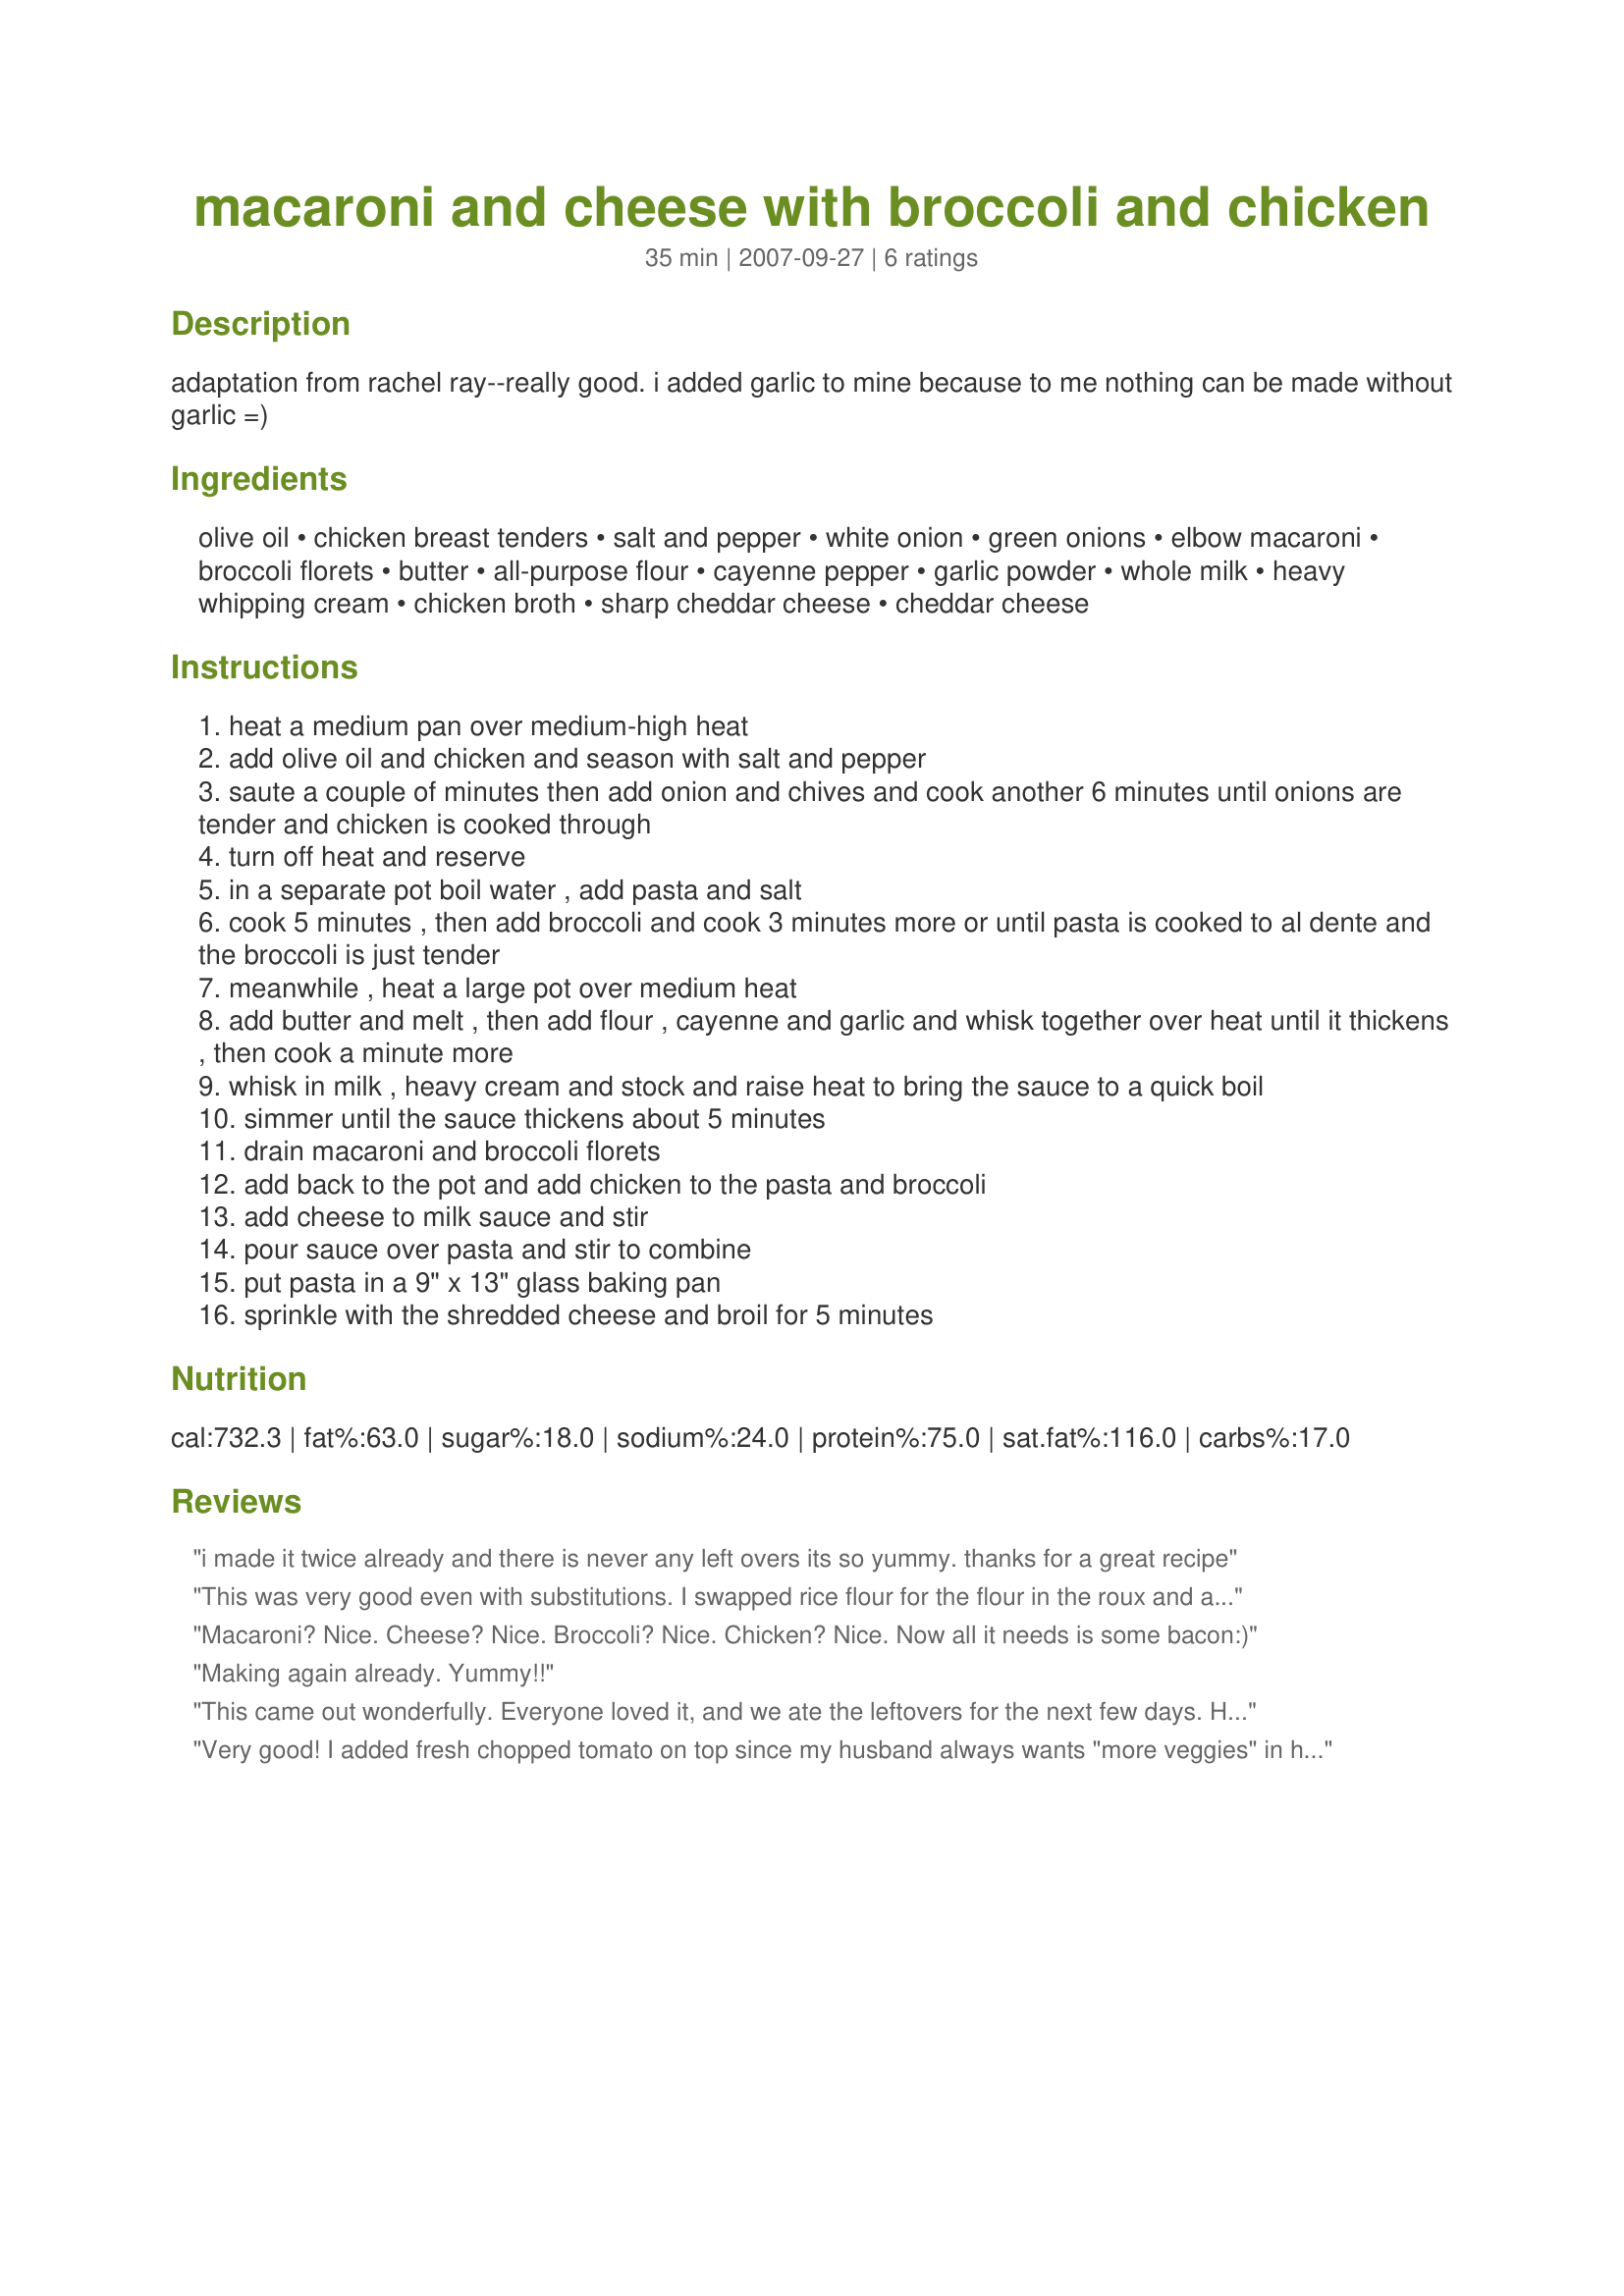
macaroni and cheese with broccoli and chicken
Preparation time: 35 minutes

adaptation from rachel ray--really good. i added garlic to mine because to me nothing can be made without garlic =)

Ingredients:
olive oil, chicken breast tenders, salt and pepper, white onion, green onions, elbow macaroni, broccoli florets, butter, all-purpose flour, cayenne pepper, garlic powder, whole milk, heavy whipping cream, chicken broth, sharp cheddar cheese, cheddar cheese

Steps:
heat a medium pan over medium-high heat
add olive oil and chicken and season with salt and pepper
saute a couple of minutes then add onion and chives and cook another 6 minutes until onions are tender and chicken is cooked through
turn off heat and reserve
in a separate pot boil water , add pasta and salt
cook 5 minutes , then add broccoli and cook 3 minutes more or until pasta is cooked to al dente and the broccoli is just tender
meanwhile , heat a large pot over medium heat
add butter and melt , then add flour , cayenne and garlic and whisk together over heat until it thickens , then cook a minute more
whisk in milk , heavy cream and stock and raise heat to bring the sauce to a quick boil
simmer until the sauce thickens about 5 minutes
drain macaroni and broccoli florets
add back to the pot and add chicken to the pasta and broccoli
add cheese to milk sauce and stir
pour sauce over pasta and stir to combine
put pasta in a 9" x 13" glass baking pan
sprinkle with the shredded cheese and broil for 5 minutes

Reviews:
i made it twice already and there is never any left overs its so yummy. thanks for a great recipe
This was very good even with substitutions. I swapped rice flour for the flour in the roux and also rice macaroni noodles (as my son has a wheat sensitivity). I also didn't have chicken so I left it out, but I'm sure it would be very good and more of a whole meal with it. Thanks for the recipe!
Macaroni? Nice. Cheese? Nice. Broccoli? Nice. Chicken? Nice. Now all it needs is some bacon:)
Making again already. Yummy!!
This came out wonderfully. Everyone loved it, and we ate the leftovers for the next few days. Huge hit. Thanks for the recipe.
Very good! I added fresh chopped tomato on top since my husband always wants "more veggies" in his meals!
